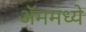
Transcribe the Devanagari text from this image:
ॲममध्ये